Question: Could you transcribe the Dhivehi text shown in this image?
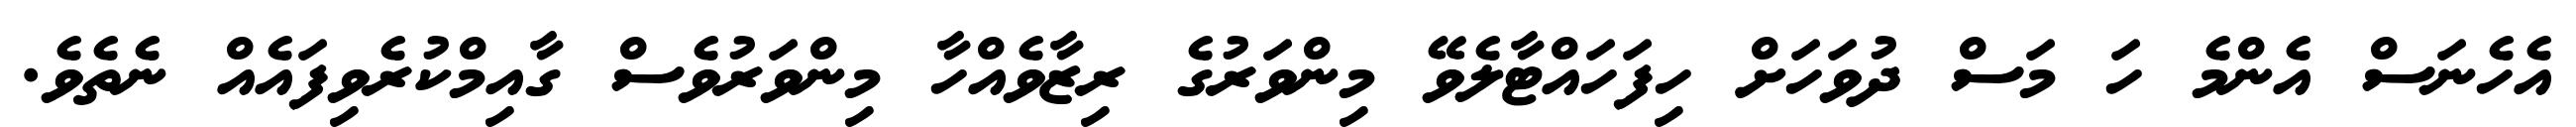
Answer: އެހެނަސް އެންމެ ހަ މަސް ދުވަހަށް ހިފަހައްޓާލެވޭ މިންވަރުގެ ރިޒާވެއްހާ މިންވަރުވެސް ގާއިމްކުރެވިފައެއް ނެތެވެ.